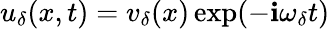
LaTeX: u_{\delta}(x,t)=v_{\delta}(x)\exp(-\mathbf{i}\omega_{\delta}t)